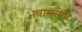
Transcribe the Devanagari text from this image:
भवाम्भोधिः